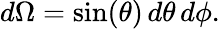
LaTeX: d\Omega=\sin(\theta)\, d\theta\, d\phi.